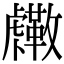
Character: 𧈓